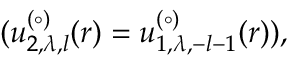
( u _ { 2 , \lambda , l } ^ { ( \circ ) } ( r ) = u _ { 1 , \lambda , - l - 1 } ^ { ( \circ ) } ( r ) ) ,